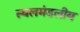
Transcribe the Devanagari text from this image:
स्थलमंडलीय